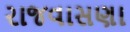
રાજવાસણા